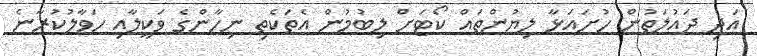
އަދި ދައުލަތުން ހުށައަޅާ ލިޔުންތައް ކޯޓަށް ލިބުމުން އެތަކެތި ނިހާންގެ ވަކީލާއި ހަވާލުކުރާނެ